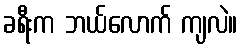
ခရီးက ဘယ်လောက် ကျလဲ။